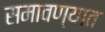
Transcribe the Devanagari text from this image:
समावण्यात